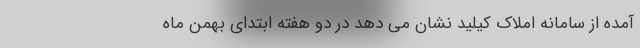
آمده از سامانه املاک کیلید نشان می دهد در دو هفته ابتدای بهمن ماه